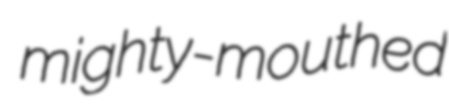
mighty-mouthed